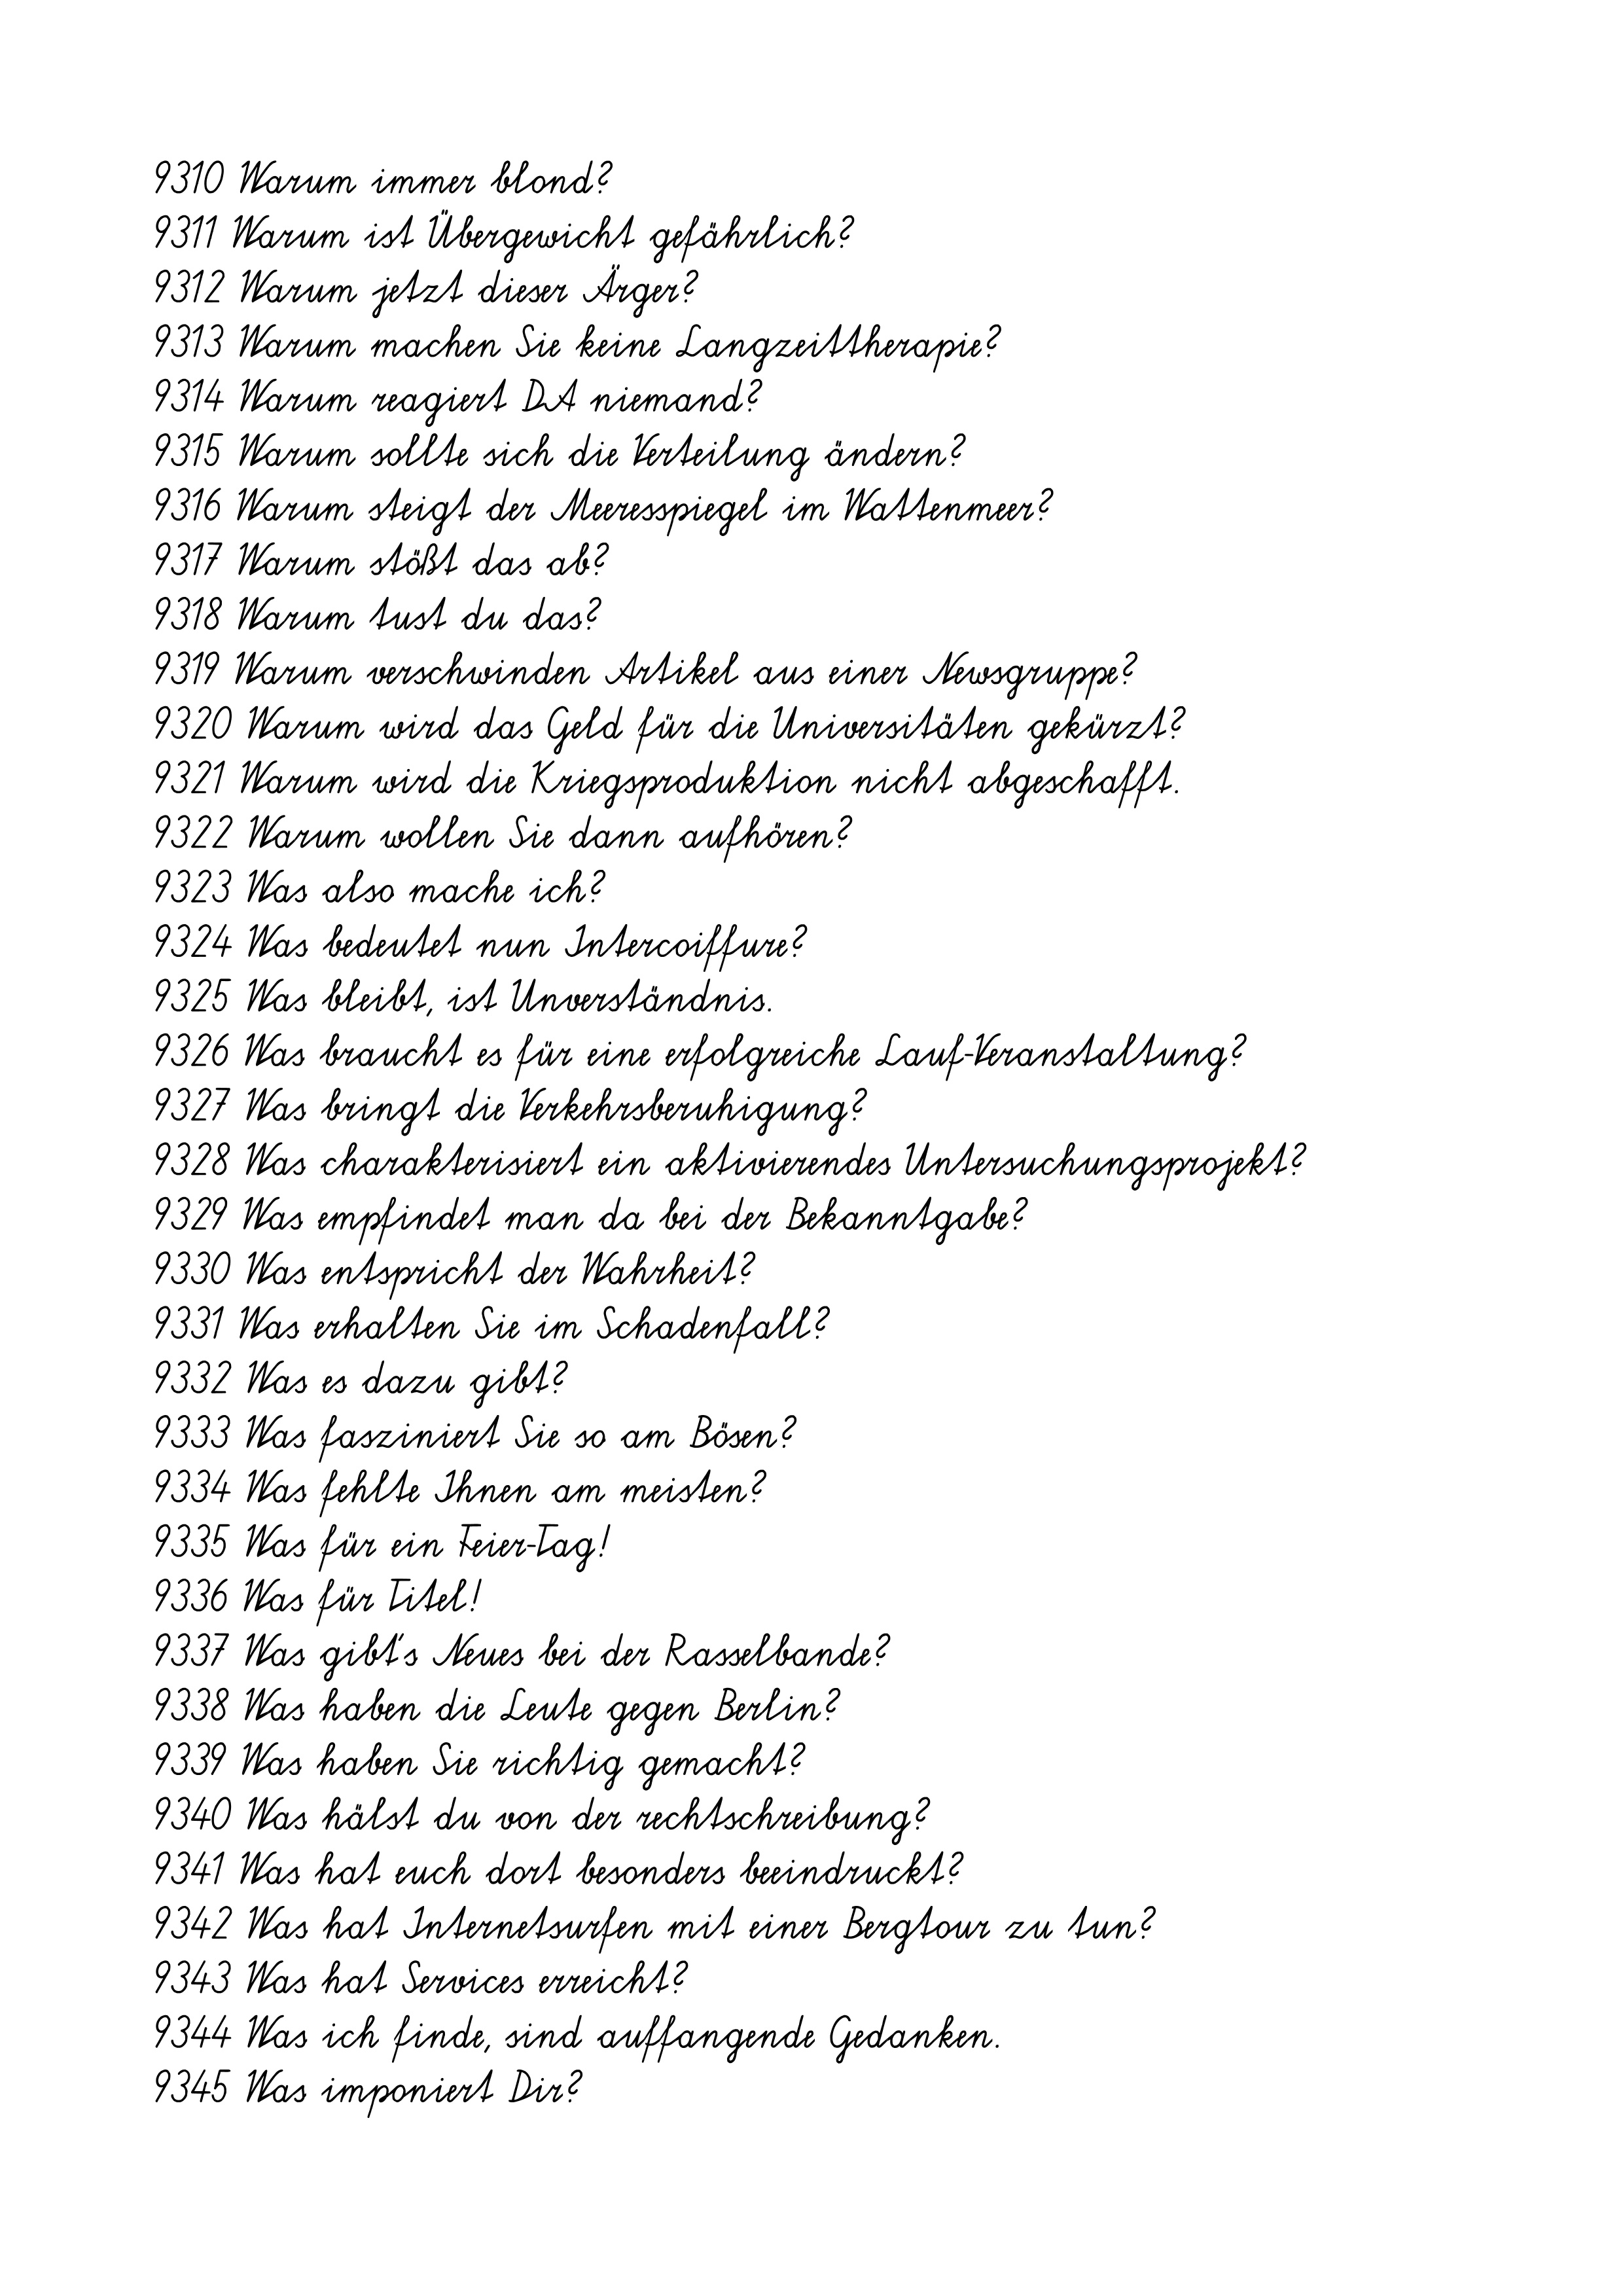
9310 Warum immer blond?
9311 Warum ist Übergewicht gefährlich?
9312 Warum jetzt dieser Ärger?
9313 Warum machen Sie keine Langzeittherapie?
9314 Warum reagiert DA niemand?
9315 Warum sollte sich die Verteilung ändern?
9316 Warum steigt der Meeresspiegel im Wattenmeer?
9317 Warum stößt das ab?
9318 Warum tust du das?
9319 Warum verschwinden Artikel aus einer Newsgruppe?
9320 Warum wird das Geld für die Universitäten gekürzt?
9321 Warum wird die Kriegsproduktion nicht abgeschafft.
9322 Warum wollen Sie dann aufhören?
9323 Was also mache ich?
9324 Was bedeutet nun Intercoiffure?
9325 Was bleibt, ist Unverständnis.
9326 Was braucht es für eine erfolgreiche Lauf-Veranstaltung?
9327 Was bringt die Verkehrsberuhigung?
9328 Was charakterisiert ein aktivierendes Untersuchungsprojekt?
9329 Was empfindet man da bei der Bekanntgabe?
9330 Was entspricht der Wahrheit?
9331 Was erhalten Sie im Schadenfall?
9332 Was es dazu gibt?
9333 Was fasziniert Sie so am Bösen?
9334 Was fehlte Ihnen am meisten?
9335 Was für ein Feier-Tag!
9336 Was für Titel!
9337 Was gibt's Neues bei der Rasselbande?
9338 Was haben die Leute gegen Berlin?
9339 Was haben Sie richtig gemacht?
9340 Was hälst du von der rechtschreibung?
9341 Was hat euch dort besonders beeindruckt?
9342 Was hat Internetsurfen mit einer Bergtour zu tun?
9343 Was hat Services erreicht?
9344 Was ich finde, sind auffangende Gedanken.
9345 Was imponiert Dir?